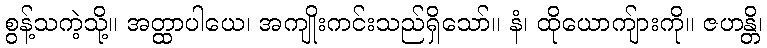
စွန့်သကဲ့သို့။ အတ္ထာပါယေ၊ အကျိုးကင်းသည်ရှိသော်။ နံ၊ ထိုယောကျ်ားကို။ ဇဟန္တိ၊